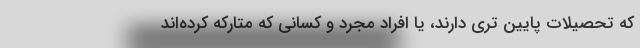
که تحصیلات پایین تری دارند، یا افراد مجرد و کسانی که متارکه کرده‌اند